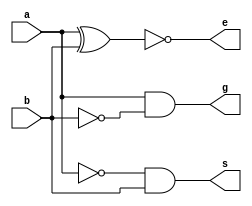
`timescale 1ns / 1ps
//////////////////////////////////////////////////////////////////////////////////
// Company: 
// Engineer: 
// 
// Design Name: 
// Module Name: comparator_1bit
// Project Name: 
// Target Devices: 
// Tool Versions: 
// Description: 
// 
// Dependencies: 
// 
// Revision:
// Revision 0.01 - File Created
// Additional Comments:
// 
//////////////////////////////////////////////////////////////////////////////////


module comparator_1bit(a,b,g,e,s);
    input a,b;
    output g,e,s;
    
    assign g=a&(~b);
    assign e=~(a^b);
    assign s=(~a)&b;
endmodule